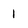
Character: 1